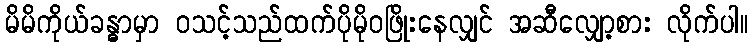
မိမိကိုယ်ခန္ဓာမှာ ဝသင့်သည်ထက်ပိုမိုဝဖြိုးနေလျှင် အဆီလျှော့စား လိုက်ပါ။